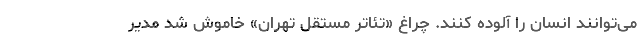
می‌توانند انسان را آلوده کنند. چراغ «تئاتر مستقل تهران» خاموش شد مدیر